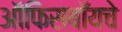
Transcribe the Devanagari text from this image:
ऑफिसबॉयचे